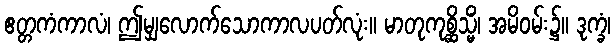
ဧတ္တကံကာလံ၊ ဤမျှလောက်သောကာလပတ်လုံး။ မာတုကုစ္ဆိသ္မိံ၊ အမိဝမ်း၌။ ဒုက္ခံ၊